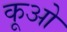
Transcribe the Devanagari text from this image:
कूओ